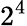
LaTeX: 2^{4}